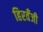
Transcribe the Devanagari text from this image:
हिरवँजी